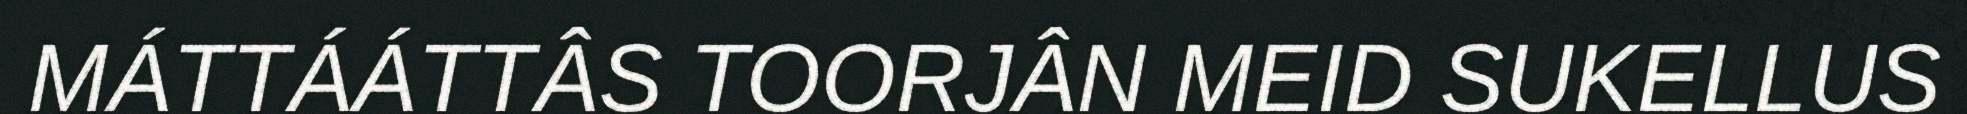
MÁTTÁÁTTÂS TOORJÂN MEID SUKELLUS